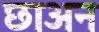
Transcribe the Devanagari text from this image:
छाअन